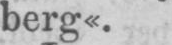
berg«.